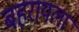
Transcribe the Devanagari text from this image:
बहरायला